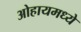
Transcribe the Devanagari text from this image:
ओहायमध्ये